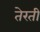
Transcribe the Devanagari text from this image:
तेरती